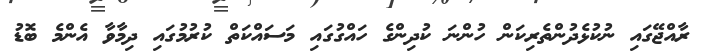
ރާއްޖޭގައި ނުކުޅެދުންތެރިކަން ހުންނަ ކުދިންގެ ހައްގުގައި މަސައްކަތް ކުރުމުގައި ދިމާވާ އެންމެ ބޮޑު